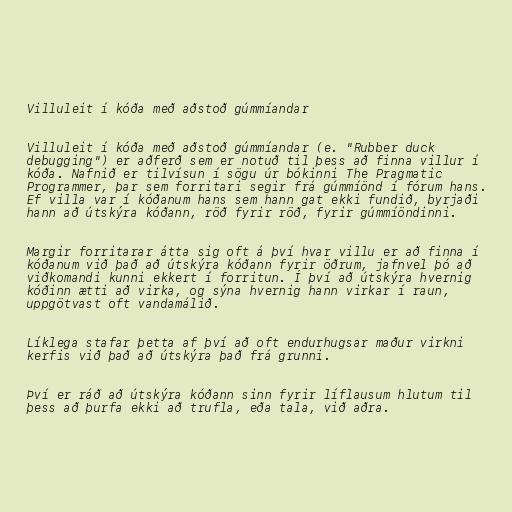
Villuleit í kóða með aðstoð gúmmíandar

Villuleit í kóða með aðstoð gúmmíandar (e. "Rubber duck
debugging") er aðferð sem er notuð til þess að finna villur í
kóða. Nafnið er tilvísun í sögu úr bókinni The Pragmatic
Programmer, þar sem forritari segir frá gúmmíönd í fórum hans.
Ef villa var í kóðanum hans sem hann gat ekki fundið, byrjaði
hann að útskýra kóðann, röð fyrir röð, fyrir gúmmíöndinni.

Margir forritarar átta sig oft á því hvar villu er að finna í
kóðanum við það að útskýra kóðann fyrir öðrum, jafnvel þó að
viðkomandi kunni ekkert í forritun. Í því að útskýra hvernig
kóðinn ætti að virka, og sýna hvernig hann virkar í raun,
uppgötvast oft vandamálið.

Líklega stafar þetta af því að oft endurhugsar maður virkni
kerfis við það að útskýra það frá grunni.

Því er ráð að útskýra kóðann sinn fyrir líflausum hlutum til
þess að þurfa ekki að trufla, eða tala, við aðra.